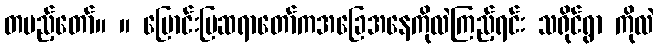
တပည့်တော်။ ။ မြောင်းမြဆရာတော်ကအခြေအနေကိုလဲကြည့်ရင်း သရိုင်ရွာ ကိုလဲ